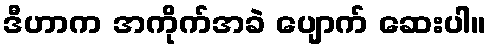
ဒီဟာက အကိုက်အခဲ ပျောက် ဆေးပါ။